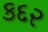
કદર